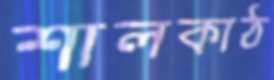
শালকাঠ